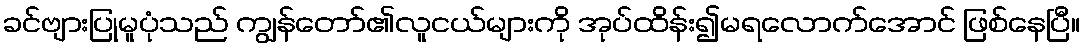
ခင်ဗျားပြုမူပုံသည် ကျွန်တော်၏လူငယ်များကို အုပ်ထိန်း၍မရလောက်အောင် ဖြစ်နေပြီ။